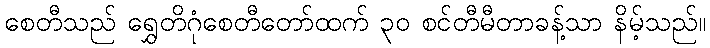
စေတီသည် ရွှေတိဂုံစေတီတော်ထက် ၃၀ စင်တီမီတာခန့်သာ နိမ့်သည်။